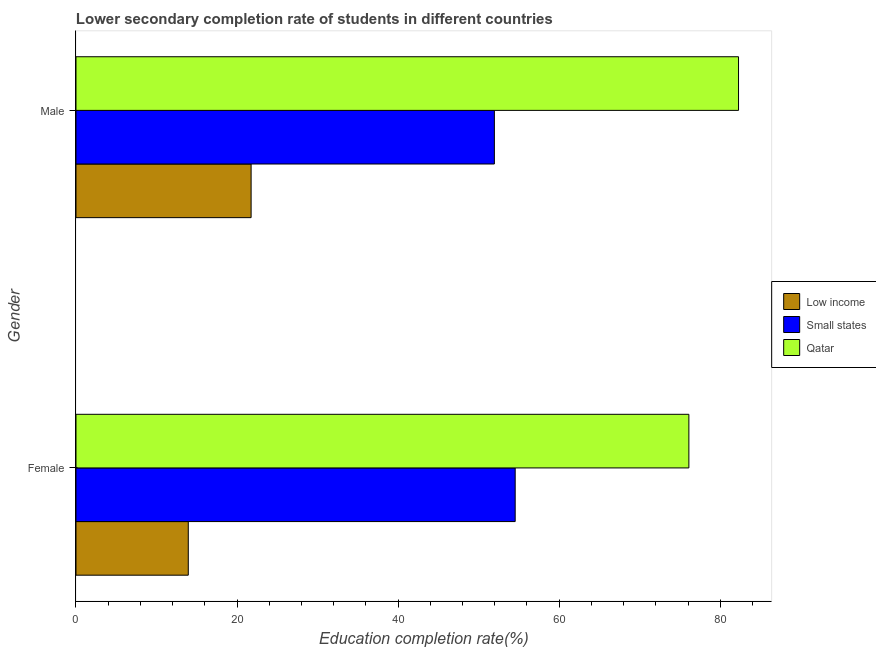
| Gender | Low income | Small states | Qatar |
 | --- | --- | --- | --- |
 | Female | 13.9 | 54.5 | 76.1 |
 | Male | 21.7 | 52 | 82.3 |